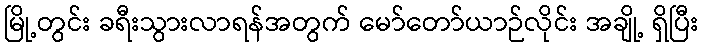
မြို့တွင်း ခရီးသွားလာရန်အတွက် မော်တော်ယာဉ်လိုင်း အချို့ ရှိပြီး